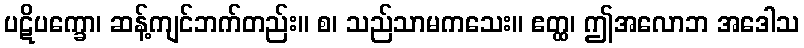
ပဋိပက္ခော၊ ဆန့်ကျင်ဘက်တည်း။ စ၊ သည်သာမကသေး။ ဧတ္ထ၊ ဤအလောဘ အဒေါသ